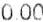
0.00